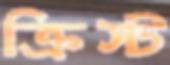
ক্রিস্ট